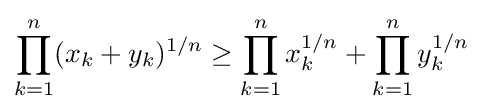
\prod _{k=1}^{n}(x_{k}+y_{k})^{1/n}\geq \prod _{k=1}^{n}x_{k}^{1/n}+\prod _{k=1}^{n}y_{k}^{1/n}